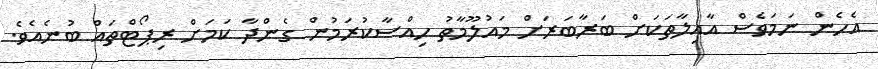
އެހެން ނަމަވެސް އާއިލާތަކަށް ބަރާބަރަށް މައުލޫމާތު ހިއްސާކުރަމުން ގެންދާ ކަމަށް ރިޕޯޓްތައް ބުނެއެވެ.